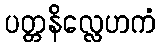
ပတ္တနိလ္လေဟကံ